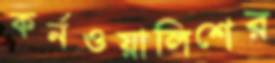
কর্নওয়ালিশের